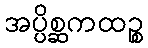
အပ္ပိစ္ဆကထဉ္စ